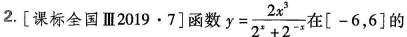
2.[课标全国III2019·7]函数y=\frac{2x^{3} }{2^{x}+2^{-x} }在[-6,6]的